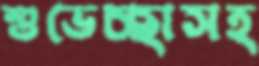
শুভেচ্ছাসহ